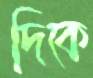
দিকে